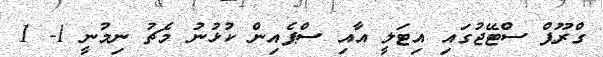
ގްރޫޕް ސްޓޭޖުގައި އިޓަލީ އާއި ސްޕެއިން ކުޅުނު މެޗު ނިމުނީ 1- 1